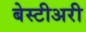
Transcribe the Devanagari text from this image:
बेस्टीअरी